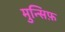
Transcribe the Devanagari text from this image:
मुन्सिफ़